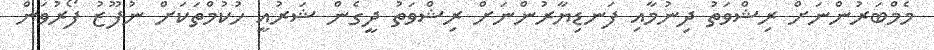
މެމްބަރުންނަށް ރިޝްވަތު ދިނުމާއި ފަނޑިޔާރުންނަށް ރިޝްވަތު ދީގެން ޝަރުއީ ހުކުމްތަކަށް ނުފޫޒު ފޯރުވަން